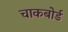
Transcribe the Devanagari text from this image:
चाकबोर्ड